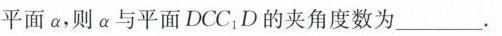
平面a，则a与平面DCC1D的夹角度数为___。